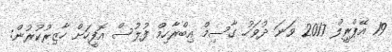
19 އޭޕްރީލް 2017 ވަނަ ދުވަހު ގާސިމް އިބްރާހިމް ފުލުސް އޮފީހަށް ހާޒިރުކުރުން: